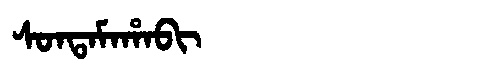
Manchu: ᠰᠣᠨᡨᠠᠮᠠᡥᠠᠪᡳ
Romanization: SONTAMAHABI